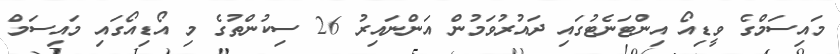
މައިސަމްގެ ވީޑިއޯ އިންޓަނެޓުގައި ދައުރުވަމުން އަންނައިރު 26 ސިކުންތުގެ މި އޯޑިއޯގައި މައިސަމް